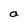
Character: a